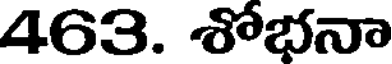
463. శోభనా